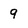
Character: 9